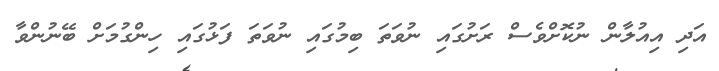
އަދި އިއުލާން ނުކޮށްވެސް ރަށުގައި ނުވަތަ ބިމުގައި ނުވަތަ ފަޅުގައި ހިންގުމަށް ބޭނުންވާ